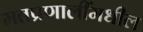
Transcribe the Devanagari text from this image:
मतप्रणालींमधील